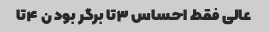
عالی فقط احساس ۳تا برگر بود ن ۴تا